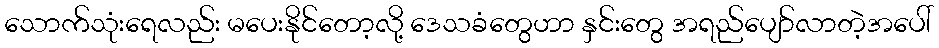
သောက်သုံးရေလည်း မပေးနိုင်တော့လို့ ဒေသခံတွေဟာ နှင်းတွေ အရည်ပျော်လာတဲ့အပေါ်